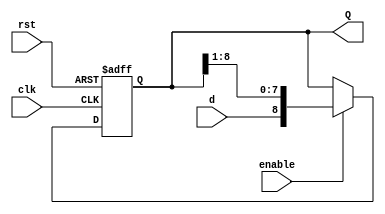
`timescale 1ns / 1ps
//////////////////////////////////////////////////////////////////////////////////
// Company: ITES0
// Parametric Right Shift Register
//////////////////////////////////////////////////////////////////////////////////
module Shift_Register_R_Param #(parameter width = 9)
    (
    input clk,
    input rst,
    input enable,
    input d,
    output reg [width-1:0] Q
    );
always @(posedge rst, posedge clk)
	begin
		if (rst)
			Q <= {width{1'b0}};
		else
			if (enable)
				Q <= {d,Q[width-1:1]};
	end
endmodule